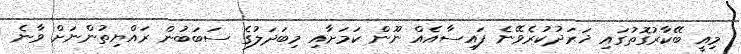
މިއީ ބޭކާރުގޮތުގައި ޚަރަދުކުރެވޭނެ ފައިސާއެއް ނޫން ކަމަށާއި މިބަދަލުގެ ސަބަބުން ރައްޔިތުންނަށް ވާނެ